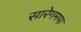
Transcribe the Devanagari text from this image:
सारेगमपा